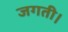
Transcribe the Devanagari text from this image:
जगती।